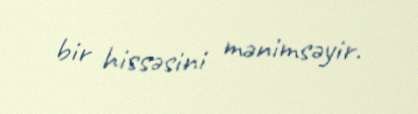
bir hissəsini mənimsəyir.